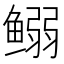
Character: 𱈍